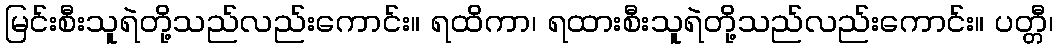
မြင်းစီးသူရဲတို့သည်လည်းကောင်း။ ရထိကာ၊ ရထားစီးသူရဲတို့သည်လည်းကောင်း။ ပတ္တီ၊